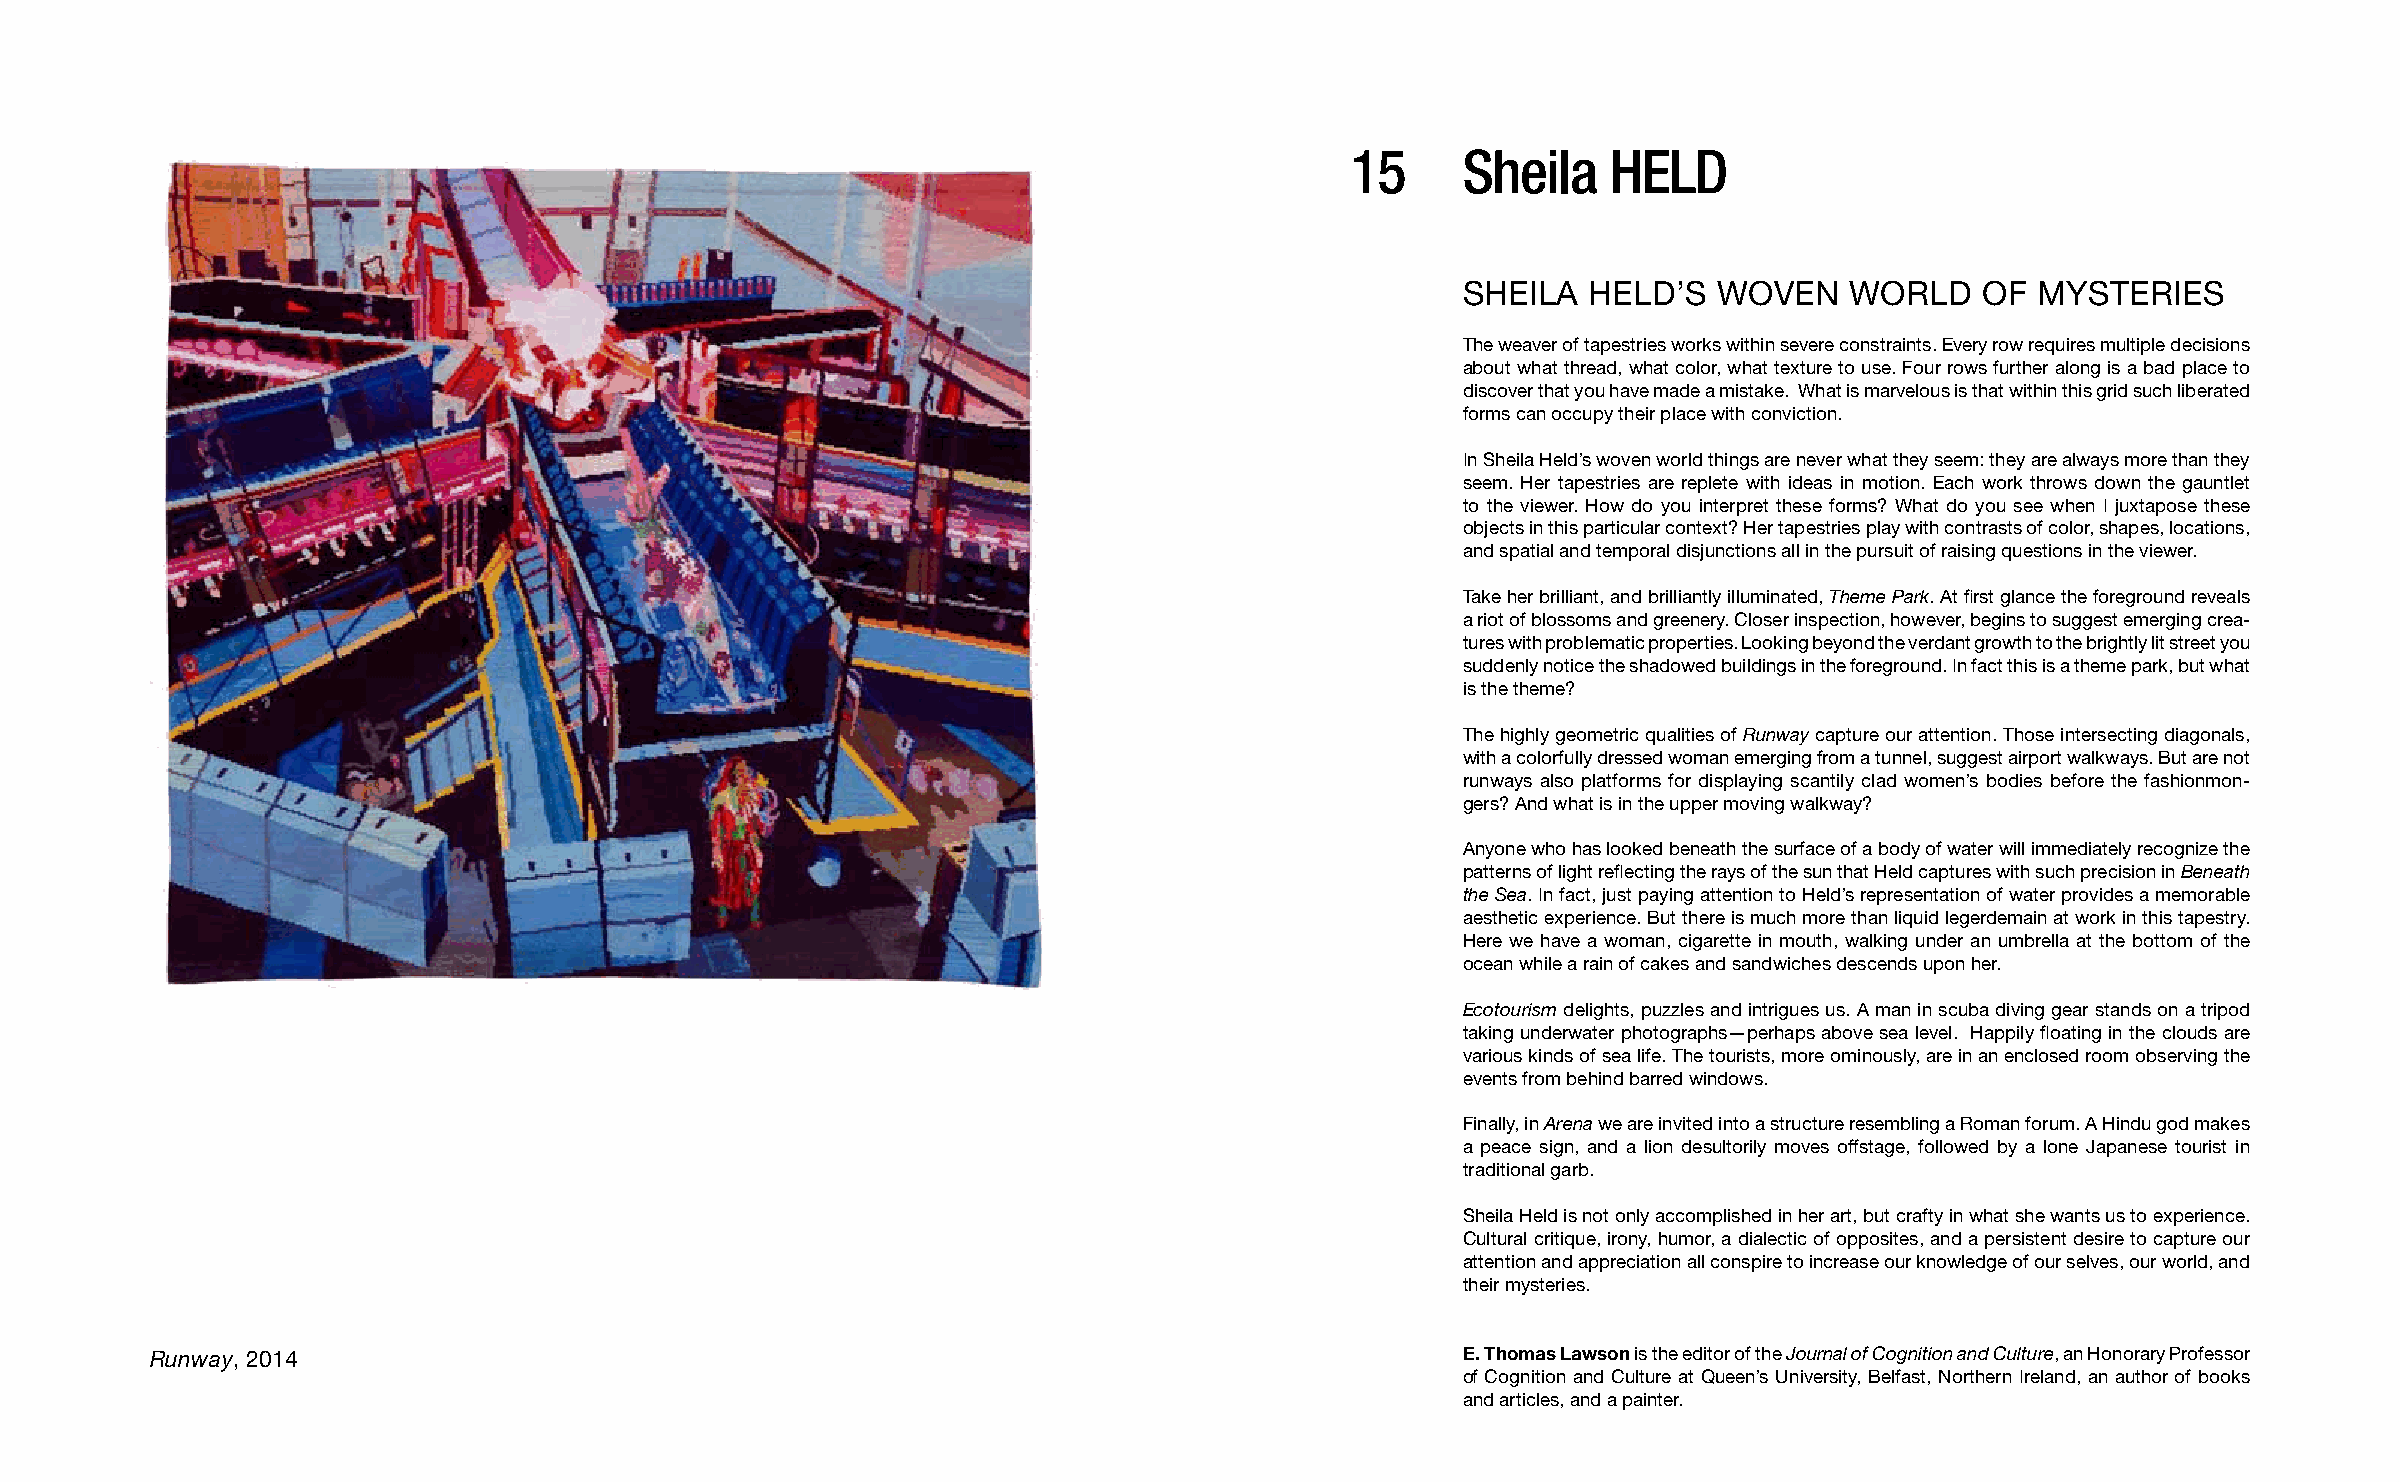
15      Sheila    HELD
 SHEILA  HELD’S   WOVEN   WORLD    OF  MYSTERIES
 The weaver of tapestries works within severe constraints. Every row requires multiple decisions
 about what thread, what color, what texture to use. Four rows further along is a bad place to
 discover that you have made a mistake. What is marvelous is that within this grid such liberated
 forms can occupy their place with conviction.
 In Sheila Held’s woven world things are never what they seem: they are always more than they
 seem. Her tapestries are replete with ideas in motion. Each work throws down the gauntlet
 to the viewer. How do you interpret these forms? What do you see when I juxtapose these
 objects in this particular context? Her tapestries play with contrasts of color, shapes, locations,
 and spatial and temporal disjunctions all in the pursuit of raising questions in the viewer.
 Take her brilliant, and brilliantly illuminated, Theme Park. At first glance the foreground reveals
 a riot of blossoms and greenery. Closer inspection, however, begins to suggest emerging crea-
 tures with problematic properties. Looking beyond the verdant growth to the brightly lit street you
 suddenly notice the shadowed buildings in the foreground. In fact this is a theme park, but what
 is the theme?
 The highly geometric qualities of Runway capture our attention. Those intersecting diagonals,
 with a colorfully dressed woman emerging from a tunnel, suggest airport walkways. But are not
 runways also platforms for displaying scantily clad women’s bodies before the fashionmon-
 gers? And what is in the upper moving walkway?
 Anyone who has looked beneath the surface of a body of water will immediately recognize the
 patterns of light reflecting the rays of the sun that Held captures with such precision in Beneath
 the Sea. In fact, just paying attention to Held’s representation of water provides a memorable
 aesthetic experience. But there is much more than liquid legerdemain at work in this tapestry.
 Here we have a woman, cigarette in mouth, walking under an umbrella at the bottom of the
 ocean while a rain of cakes and sandwiches descends upon her.
 Ecotourism delights, puzzles and intrigues us. A man in scuba diving gear stands on a tripod
 taking underwater photographs—perhaps above sea level. Happily floating in the clouds are
 various kinds of sea life. The tourists, more ominously, are in an enclosed room observing the
 events from behind barred windows.
 Finally, in Arena we are invited into a structure resembling a Roman forum. A Hindu god makes
 a peace sign, and a lion desultorily moves offstage, followed by a lone Japanese tourist in
 traditional garb.
 Sheila Held is not only accomplished in her art, but crafty in what she wants us to experience.
 Cultural critique, irony, humor, a dialectic of opposites, and a persistent desire to capture our
 attention and appreciation all conspire to increase our knowledge of our selves, our world, and
 their mysteries.
 Runway, 2014                                                                           E. Thomas Lawson is the editor of the Journal of Cognition and Culture, an Honorary Professor
 of Cognition and Culture at Queen’s University, Belfast, Northern Ireland, an author of books
 and articles, and a painter.